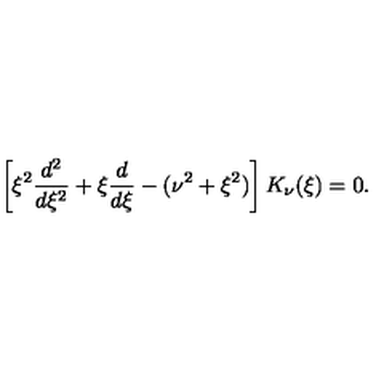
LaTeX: \left[ \xi ^ { 2 } { \frac { d ^ { 2 } } { d \xi ^ { 2 } } } + \xi { \frac { d } { d \xi } } - ( \nu ^ { 2 } + \xi ^ { 2 } ) \right] K _ { \nu } ( \xi ) = 0 .